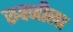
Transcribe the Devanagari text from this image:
रुक्मीला